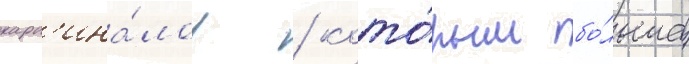
кард'ина́лов / кото́рым бо́льше